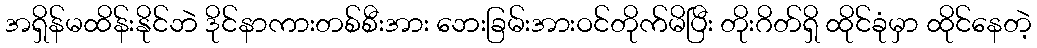
အရှိန်မထိန်းနိုင်ဘဲ ဒိုင်နာကားတစ်စီးအား ဘေးခြမ်းအားဝင်တိုက်မိပြီး တိုးဂိတ်ရှိ ထိုင်ခုံမှာ ထိုင်နေတဲ့